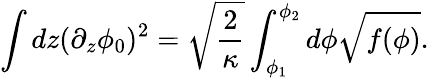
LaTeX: \int dz(\partial_{z}\phi_{0})^{2}=\sqrt{\frac{2}{\kappa}}\int_{\phi_{1}}^{\phi_{2}}d\phi\sqrt{f(\phi)}.